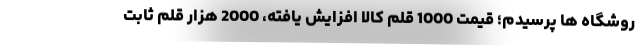
روشگاه ها پرسیدم؛ قیمت 1000 قلم کالا افزایش یافته، 2000 هزار قلم ثابت